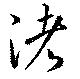
渚